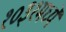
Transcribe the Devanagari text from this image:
१०३१मध्ये